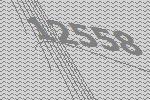
12558